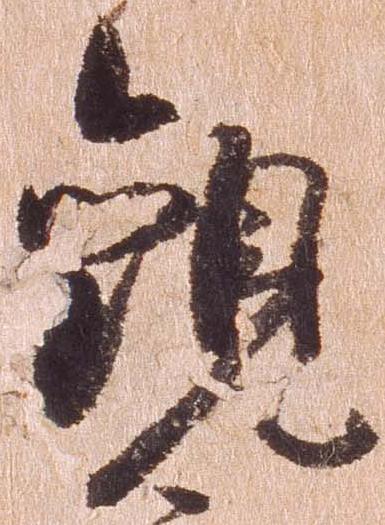
観